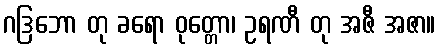
ဂဒြဘော တု ခရော ဝုတ္တော၊ ဥရဏီ တု အဇီ အဇာ။